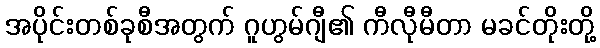
အပိုင်းတစ်ခုစီအတွက် ဂူဟွမ်ဂျီ၏ ကီလီုမီတာ မခင်တိုးတို့